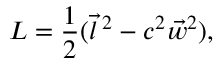
{ \cal L } = { \frac { 1 } { 2 } } ( { \vec { l } } \, ^ { 2 } - c ^ { 2 } { \vec { w } } ^ { 2 } ) ,